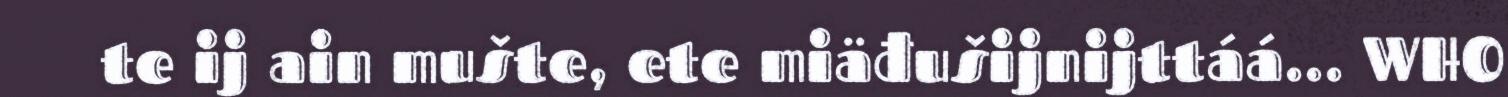
te ij ain mušte, ete miäđušijnijttáá... WHO